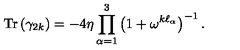
\mathrm { T r } \left( \gamma _ { 2 k } \right) = - 4 \eta \prod _ { \alpha = 1 } ^ { 3 } \left( 1 + \omega ^ { k \ell _ { \alpha } } \right) ^ { - 1 } .